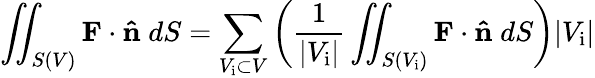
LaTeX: \iint_{S(V)}\mathbf{F}\cdot\mathbf{\hat{n}}\; dS=\sum_{V_{\mathrm{i}}\subset V}\left({\frac{1}{|V_{\mathrm{i}}|}}\iint_{S(V_{\mathrm{i}})}\mathbf{F}\cdot\mathbf{\hat{n}}\; dS\right)|V_{\mathrm{i}}|